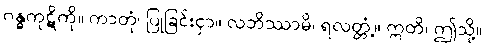
ဂန္ဓကုဋိကို။ ကာတုံ၊ ပြုခြင်းငှာ။ လဘိဿာမိ၊ ရလတ္တံ့။ ဣတိ၊ ဤသို့။